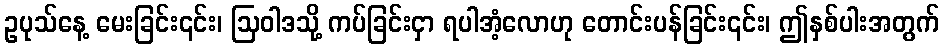
ဥပုသ်နေ့ မေးခြင်း၎င်း၊ ဩဝါဒသို့ ကပ်ခြင်းငှာ ရပါအံ့လောဟု တောင်းပန်ခြင်း၎င်း၊ ဤနှစ်ပါးအတွက်